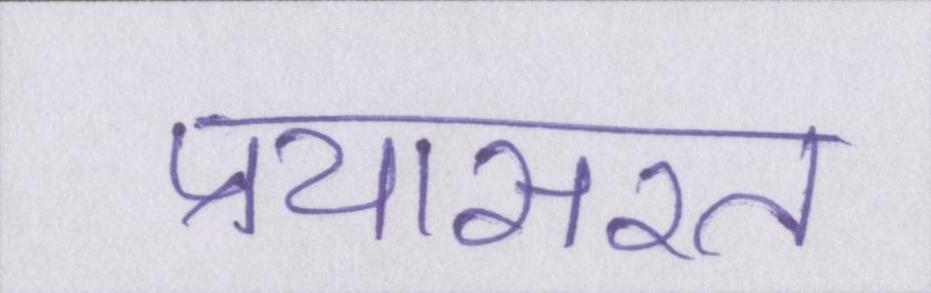
प्रयासरत